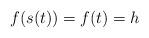
LaTeX: \begin{align*} \begin{aligned}f(s(t))=f(t)=h \end{aligned} \end{align*}